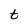
Character: t